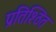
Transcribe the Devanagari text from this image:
प्रतिश्ठित